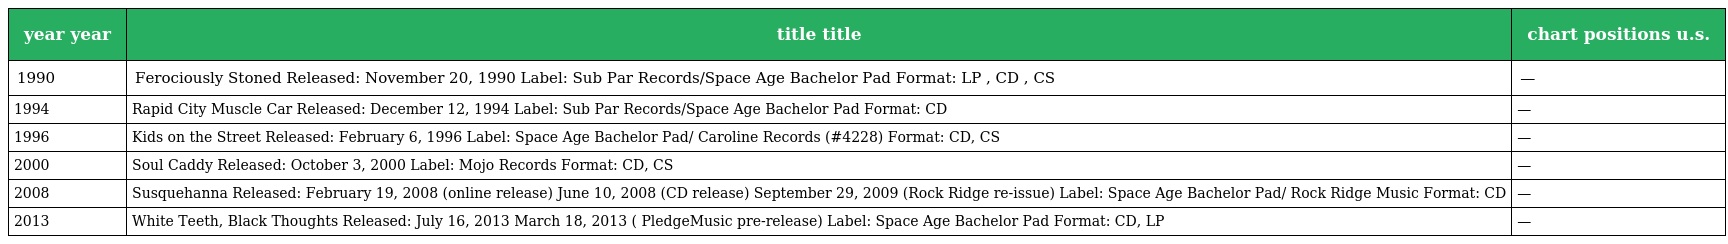
| year year | title title | chart positions u.s. |
 | --- | --- | --- |
 | 1990 | Ferociously Stoned Released: November 20, 1990 Label: Sub Par Records/Space Age Bachelor Pad Format: LP , CD , CS | — |
 | 1994 | Rapid City Muscle Car Released: December 12, 1994 Label: Sub Par Records/Space Age Bachelor Pad Format: CD | — |
 | 1996 | Kids on the Street Released: February 6, 1996 Label: Space Age Bachelor Pad/ Caroline Records (#4228) Format: CD, CS | — |
 | 2000 | Soul Caddy Released: October 3, 2000 Label: Mojo Records Format: CD, CS | — |
 | 2008 | Susquehanna Released: February 19, 2008 (online release) June 10, 2008 (CD release) September 29, 2009 (Rock Ridge re-issue) Label: Space Age Bachelor Pad/ Rock Ridge Music Format: CD | — |
 | 2013 | White Teeth, Black Thoughts Released: July 16, 2013 March 18, 2013 ( PledgeMusic pre-release) Label: Space Age Bachelor Pad Format: CD, LP | — |